Plague in India, 1896, 1897 - Volume 1
Year: 1896
Disease focus: Plague
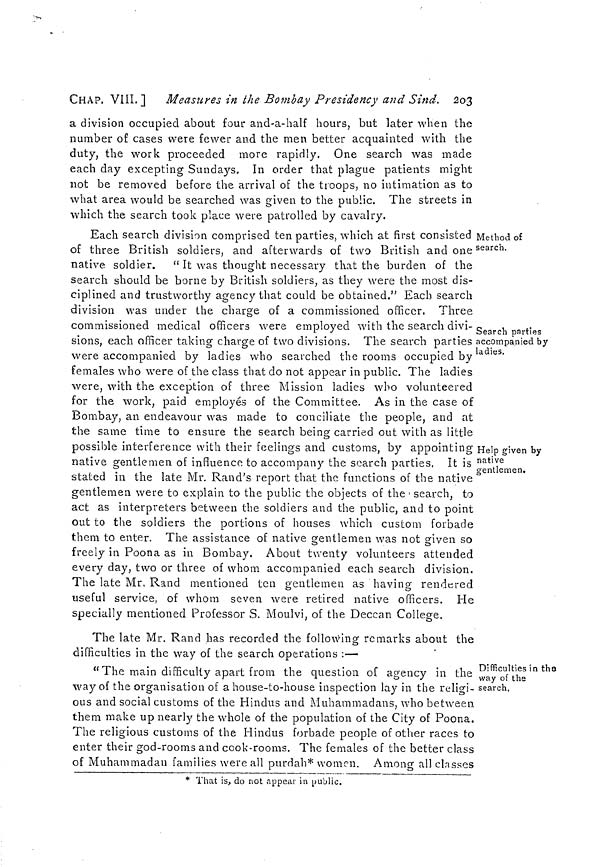
CHAP. VIII.] Measures in the Bombay Presidency and Sind. 203
a division occupied about four and-a-half hours, but later when the
number of cases were fewer and the men better acquainted with the
duty, the work proceeded more rapidly. One search was made
each day excepting Sundays. In order that plague patients might
not be removed before the arrival of the troops, no intimation as to
what area would be searched was given to the public. The streets in
which the search took place were patrolled by cavalry.
Method of
search.
Search parties
accompanied by
ladies.
Help given by
native
gentlemen.
Each search division comprised ten parties, which at first consisted
of three British soldiers, and afterwards of two British and one
native soldier. " It was thought necessary that the burden of the
search should be borne by British soldiers, as they were the most dis-
ciplined and trustworthy agency that could be obtained." Each search
division was under the charge of a commissioned officer. Three
commissioned medical officers were employed with the search divi-
sions, each officer taking charge of two divisions. The search parties
were accompanied by ladies who searched the rooms occupied by
females who were of the class that do not appear in public. The ladies
were, with the exception of three Mission ladies who volunteered
for the work, paid employes of the Committee. As in the case of
Bombay, an endeavour was made to conciliate the people, and at
the same time to ensure the search being carried out with as little
possible interference with their feelings and customs, by appointing
native gentlemen of influence to accompany the search parties. It is
stated in the late Mr. Rand's report that the functions of the native
gentlemen were to explain to the public the objects of the ' search, to
act as interpreters between the soldiers and the public, and to point
out to the soldiers the portions of houses which custom forbade
them to enter. The assistance of native gentlemen was not given so
freely in Poona as in Bombay. About twenty volunteers attended
every day, two or three of whom accompanied each search division.
The late Mr. Rand mentioned ten gentlemen as having rendered
useful service, of whom seven were retired native officers. He
specially mentioned Professor S. Moulvi, of the Deccan College.
Difficulties in the
way of the
search.
The late Mr. Rand has recorded the following remarks about the
difficulties in the way of the search operations :—
" The main difficulty apart from the question of agency in the
way of the organisation of a house-to-house inspection lay in the religi-
ous and social customs of the Hindus and Muhammadans, who between
them make up nearly the whole of the population of the City of Poona.
The religious customs of the Hindus forbade people of other races to
enter their god-rooms and cook-rooms. The females of the better class
of Muhammadan families were all purdah* women. Among all classes
* That is, do not appeal in public.